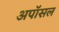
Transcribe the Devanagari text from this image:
अपॉसल